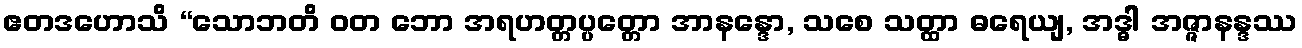
ဧတဒဟောသိ “သောဘတိ ဝတ ဘော အရဟတ္တပ္ပတ္တော အာနန္ဒော, သစေ သတ္ထာ ဓရေယျ, အဒ္ဓါ အဇ္ဇာနန္ဒဿ